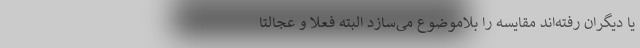
یا دیگران رفته‌اند مقایسه را بلاموضوع می‌سازد البته فعلا و عجالتا